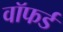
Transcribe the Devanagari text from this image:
वॉफर्ड